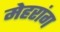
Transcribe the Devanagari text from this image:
मेहरांग